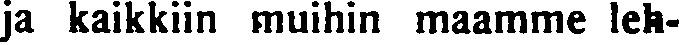
ja kaikkiin muihin maamme leh-